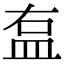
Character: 𥁓